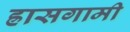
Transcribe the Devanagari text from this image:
ह्रासगामी